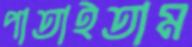
পাতাইতাম